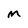
Character: m